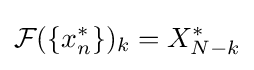
{\mathcal {F}}(\{x_{n}^{*}\})_{k}=X_{N-k}^{*}